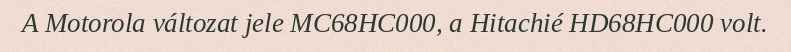
A Motorola változat jele MC68HC000, a Hitachié HD68HC000 volt.